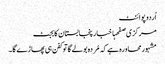
اُردو پوائنٹ
مرکزی صفحہاخبارپنجابستان کابجٹ
مشہورمحاورہ ہے کہ مُردہ بولے گاتو کفن ہی پھاڑے گا۔